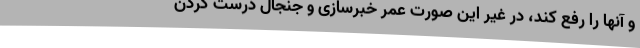
و آنها را رفع کند، در غیر این صورت عمر خبرسازی و جنجال درست کردن